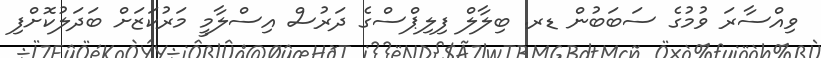
ވިއްސާރަ ވުމުގެ ސަބަބުން ޑރ. ބިލާލް ފިލިޕްސްގެ ދަރުސް އިސްލާމީ މަރުކަޒަށް ބަދަލުކޮށްފި